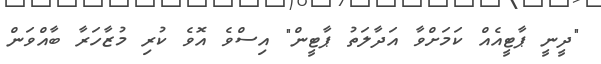
"ދީނީ ޕާޓީއެއް ކަމަށްވާ އަދާލަތު ޕާޓީން" އިސްވެ އޮވެ ކުރި މުޒާހަރާ ބާއްވަން